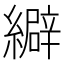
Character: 䌟